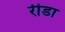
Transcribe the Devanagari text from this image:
रीडा